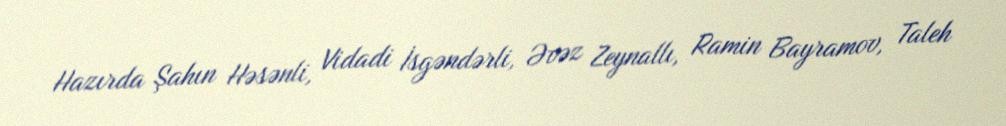
Hazırda Şahın Həsənli, Vidadi İsgəndərli, Əvəz Zeynallı, Ramin Bayramov, Taleh